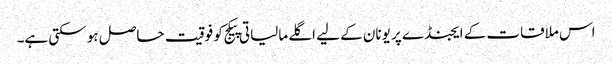
اس ملاقات کے ایجنڈے پر یونان کے لیے اگلے مالیاتی پیکج کو فوقیت حاصل ہو سکتی ہے۔